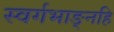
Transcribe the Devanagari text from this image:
स्वर्गभाङ्नहि